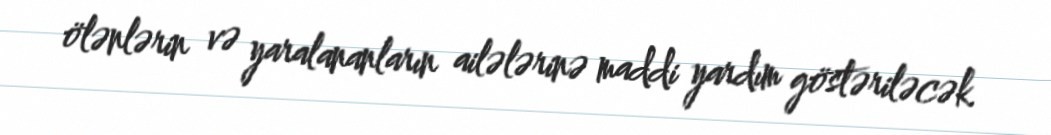
ölənlərin və yaralananların ailələrinə maddi yardım göstəriləcək.